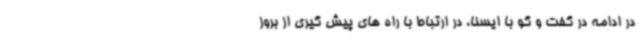
در ادامه در گفت و گو با ایسنا، در ارتباط با راه های پیش گیری از بروز